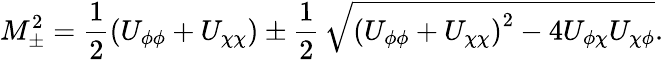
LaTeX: M_{\pm}^{2}=\frac{1}{2}\left(U_{\phi\phi}+U_{\chi\chi}\right)\pm\frac{1}{2}\, \sqrt{\left(U_{\phi\phi}+U_{\chi\chi}\right)^{2}-4U_{\phi\chi}U_{\chi\phi}}.